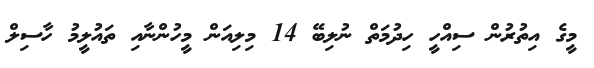
މީގެ އިތުރުން ސިއްހީ ހިދުމަތް ނުލިބޭ 14 މިލިއަން މީހުންނާއި ތައުލީމު ހާސިލް